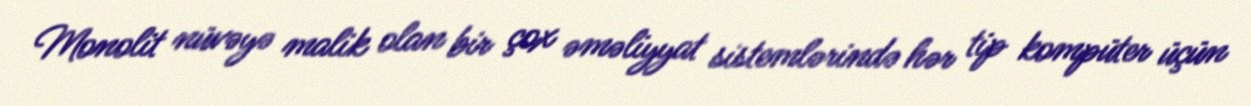
Monolit nüvəyə malik olan bir çox əməliyyat sistemlərində hər tip kompüter üçün